Civil Veterinary Dept. North-West Frontier Province 1901-22 - 1901-1922
Year: 1901
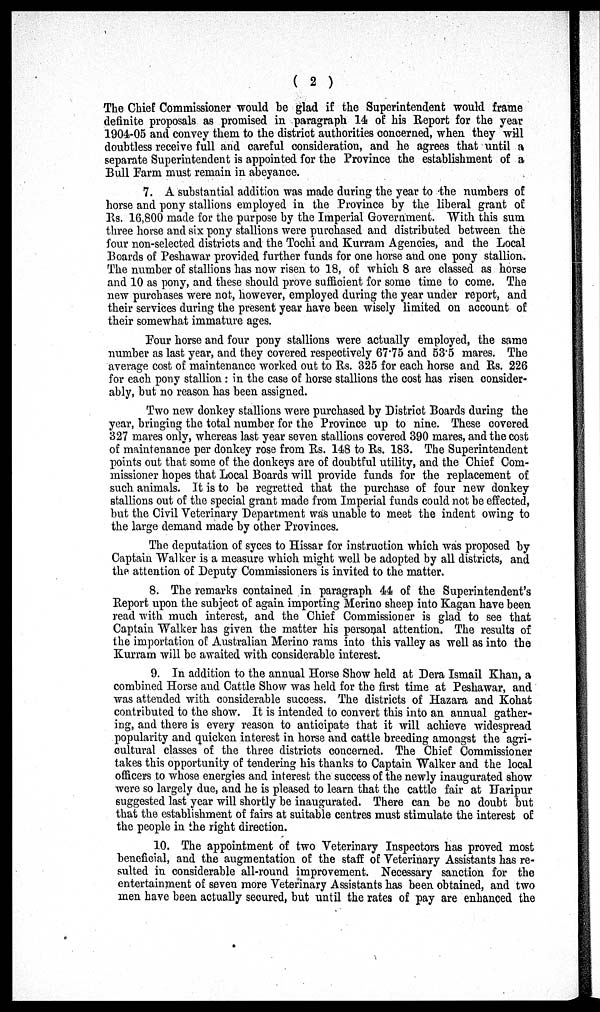
( 2 )
The Chief Commissioner would be glad if the Superintendent would frame
definite proposals as promised in paragraph 14 of his Report for the year
1904-05 and convey them to the district authorities concerned, when they will
doubtless receive full and careful consideration, and he agrees that until a
separate Superintendent is appointed for the Province the establishment of a
Bull Farm must remain in abeyance.
7. A substantial addition was made during the year to the numbers of
horse and pony stallions employed in the Province by the liberal grant of
Rs. 16,800 made for the purpose by the Imperial Government. With this sum
three horse and six pony stallions were purchased and distributed between the
four non-selected districts and the Tochi and Kurram Agencies, and the Local
Boards of Peshawar provided further funds for one horse and one pony stallion.
The number of stallions has now risen to 18, of which 8 are classed as horse
and 10 as pony, and these should prove sufficient for some time to come. The
new purchases were not, however, employed during the year under report, and
their services during the present year have been wisely limited on account of
their somewhat immature ages.
Four horse and four pony stallions were actually employed, the same
number as last year, and they covered respectively 67.75 and 53.5 mares. The
average cost of maintenance worked out to Rs. 325 for each horse and Rs. 226
for each pony stallion: in the case of horse stallions the cost has risen consider-
ably, but no reason has been assigned.
Two new donkey stallions were purchased by District Boards during the
year, bringing the total number for the Province up to nine. These covered
327 mares only, whereas last year seven stallions covered 390 mares, and the cost
of maintenance per donkey rose from Rs. 148 to Rs. 183. The Superintendent
points out that some of the donkeys are of doubtful utility, and the Chief Com-
missioner hopes that Local Boards will provide funds for the replacement of
such animals. It is to be regretted that the purchase of four new donkey
stallions out of the special grant made from Imperial funds could not be effected,
but the Civil Veterinary Department was unable to meet the indent owing to
the large demand made by other Provinces.
The deputation of syces to Hissar for instruction which was proposed by
Captain Walker is a measure which might well be adopted by all districts, and
the attention of Deputy Commissioners is invited to the matter.
8. The remarks contained in paragraph 44 of the Superintendent's
Report upon the subject of again importing Merino sheep into Kagan have been
read with much interest, and the Chief Commissioner is glad to see that
Captain Walker has given the matter his personal attention. The results of
the importation of Australian Merino rams into this valley as well as into the
Kurram will be awaited with considerable interest.
9. In addition to the annual Horse Show held at Dera Ismail Khan, a
combined Horse and Cattle Show was held for the first time at Peshawar, and
was attended with considerable success. The districts of Hazara and Kohat
contributed to the show. It is intended to convert this into an annual gather-
ing, and there is every reason to anticipate that it will achieve widespread
popularity and quicken interest in horse and cattle breeding amongst the agri-
cultural classes of the three districts concerned. The Chief Commissioner
takes this opportunity of tendering his thanks to Captain Walker and the local
officers to whose energies and interest the success of the newly inaugurated show
were so largely due, and he is pleased to learn that the cattle fair at Haripur
suggested last year will shortly be inaugurated. There can be no doubt but
that the establishment of fairs at suitable centres must stimulate the interest of
the people in the right direction.
10. The appointment of two Veterinary Inspectors has proved most
beneficial, and the augmentation of the staff of Veterinary Assistants has re-
sulted in considerable all-round improvement. Necessary sanction for the
entertainment of seven more Veterinary Assistants has been obtained, and two
men have been actually secured, but until the rates of pay are enhanced the